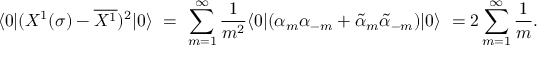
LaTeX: \langle 0 | ( X ^ { 1 } ( \sigma ) - \overline { { { X ^ { 1 } } } } ) ^ { 2 } | 0 \rangle \ = \ \sum _ { m = 1 } ^ { \infty } \frac { 1 } { m ^ { 2 } } \langle 0 | ( \alpha _ { m } \alpha _ { - m } + \tilde { \alpha } _ { m } \tilde { \alpha } _ { - m } ) | 0 \rangle \ = 2 \sum _ { m = 1 } ^ { \infty } \frac { 1 } { m } .